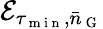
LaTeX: \mathcal{E}_{\tau_{\mathrm{~m~i~n~}},\bar{n}_{\mathrm{~G~}}}